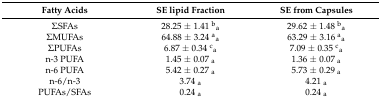
<table><thead><tr><td><b>Fatty Acids</b></td><td><b>SE lipid Fraction</b></td><td><b>SE from Capsules</b></td></tr></thead><tbody><tr><td>ΣSFAs</td><td>28.25 ± 1.41 <sup>b</sup><sub>a</sub></td><td>29.62 ± 1.48 <sup>b</sup><sub>a</sub></td></tr><tr><td>ΣMUFAs</td><td>64.88 ± 3.24 <sup>a</sup><sub>a</sub></td><td>63.29 ± 3.16 <sup>a</sup><sub>a</sub></td></tr><tr><td>ΣPUFAs</td><td>6.87 ± 0.34 <sup>c</sup><sub>a</sub></td><td>7.09 ± 0.35 <sup>c</sup><sub>a</sub></td></tr><tr><td>n-3 PUFA</td><td>1.45 ± 0.07 <sub>a</sub></td><td>1.36 ± 0.07 <sub>a</sub></td></tr><tr><td>n-6 PUFA</td><td>5.42 ± 0.27 <sub>a</sub></td><td>5.73 ± 0.29 <sub>a</sub></td></tr><tr><td>n-6/n-3</td><td>3.74 <sub>a</sub></td><td>4.21 <sub>a</sub></td></tr><tr><td>PUFAs/SFAs</td><td>0.24 <sub>a</sub></td><td>0.24 <sub>a</sub></td></tr></tbody></table>